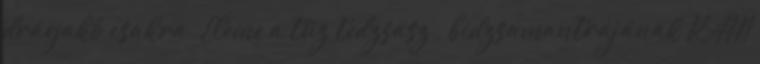
drágakő csakra. Eleme a tűz tedzsasz , bidzsamantrájának RAM